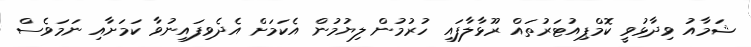
ޝަމާއު ވިދާޅުވީ ކޮމްޕިއުޓަރުތައް ރޫޅާލާފައި ހުރުމުން ލިޔުމުން އެކަމަށް އެދެވިފައިނުވާ ކަަމަށާއި ނަމަވެސް